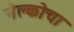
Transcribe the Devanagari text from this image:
नेल्कोचा